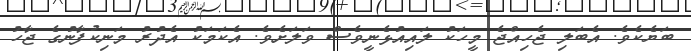
ބަޔެކެވެ. އެބަލި ޖެހިއްޖެ މީހަކު ލައިއުޅެނީވެސް ވަލަށެވެ. އެކަމަކު އެދުރު މަނިކުފާނުގެ ޖާހު